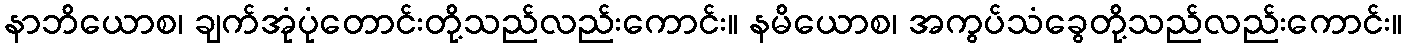
နာဘိယောစ၊ ချက်အုံပုံတောင်းတို့သည်လည်းကောင်း။ နမိယောစ၊ အကွပ်သံခွေတို့သည်လည်းကောင်း။